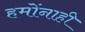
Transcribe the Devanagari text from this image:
हमोंनाही